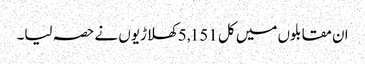
ان مقابلوں میں کل 5,151 کھلاڑیوں نے حصہ لیا۔